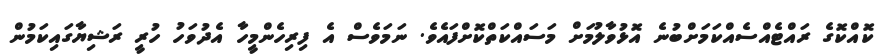
ކޮއްކޮގެ ރައްޓެއްސެއްކަމަށްބުނެ އޮޅުވާލުމަށް މަސައްކަތްކޮށްފައެވެ. ނަމަވެސް އެ ފިރިހެންމީހާ އެދުވަހު ހުރީ ރަޝިޔާގައިކަމުން